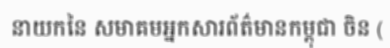
នាយកនៃ សមាគមអ្នកសារព័ត៌មានកម្ពុជា ចិន (